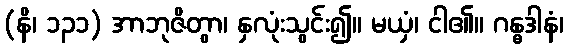
(နိ၊ ၁၃၁) အာဘုဇိတွာ၊ နှလုံးသွင်း၍။ မယှံ၊ ငါ၏။ ဂန္ဓဒါနံ၊